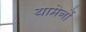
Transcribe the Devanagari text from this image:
यामेनों